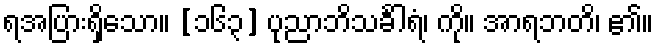
ရအပြားရှိသော။ [၁၆၃] ပုညာဘိသင်္ခါရံ၊ ကို။ အာရဘတိ၊ ၏။